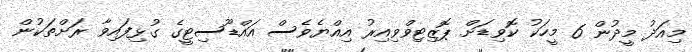
މިއަދު މީދުން 6 މީހަކު ކޮވިޑަށް ޕޮޒިޓިވްވިއިރު އިއްޔެވެސް އައްޑޫސިޓީގެ ގުޅިފައިވާ ރަށްތަކުން